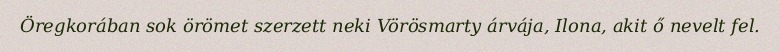
Öregkorában sok örömet szerzett neki Vörösmarty árvája, Ilona, akit ő nevelt fel.